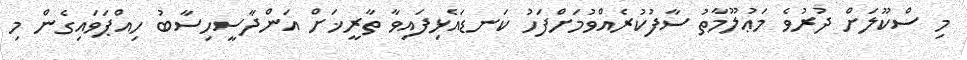
މި ސްކޫލަށް ދުރުވެ މަޢުލޫމާތު ސާފުކުރެއްވުމަށްފަހު ކަނޑައެޅިފައިވާ ތާރީޚަށް އަންދާސީހިސާބު ހިއްޕަވައިގެން މި